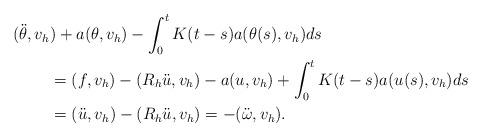
LaTeX: \begin{align*} (\ddot{\theta},v_h&)+a(\theta,v_h)-\int_0^t K(t-s) a(\theta(s),v_h)ds\\ &= (f,v_h)-(R_h\ddot{u},v_h)-a(u,v_h)+\int_0^t K(t-s) a(u(s),v_h)ds\\ &= (\ddot{u},v_h)-(R_h\ddot{u},v_h) =-(\ddot{\omega},v_h). \end{align*}